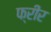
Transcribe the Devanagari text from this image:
फ्रीर